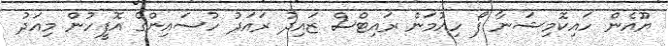
ޔޫއެން ހައިކޮމިޝަނާ ފޯ ހިއުމަން ރައިޓްސް ޒައިދު ރައަދު ހުސައިންގެ އޮފީހުން މިއަދު